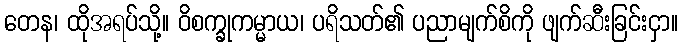
တေန၊ ထိုအရပ်သို့။ ဝိစက္ခုကမ္မာယ၊ ပရိသတ်၏ ပညာမျက်စိကို ဖျက်ဆီးခြင်းငှာ။